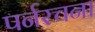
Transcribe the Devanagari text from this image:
पर्नरचना